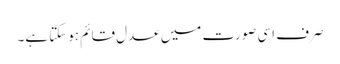
صرف اسی صورت میں عدل قائم ہوسکتا ہے۔